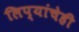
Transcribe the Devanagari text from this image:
लिप्यांचेही